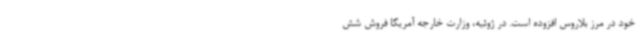
خود در مرز بلاروس افزوده است. در ژوئیه، وزارت خارجه آمریکا فروش شش